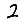
Digit: 2